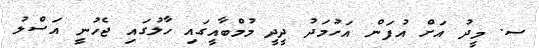
ސ. މީދު އަށް އުފަން އަހުމަދު ދީދީ މުމްބާއީގައި ހާލުގައި ޖެހުނީ އަސްލު